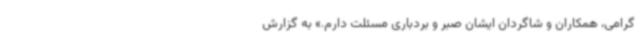
گرامی، همکاران و شاگردان ایشان صبر و بردباری مسئلت دارم.» به گزارش